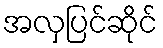
အလှပြင်ဆိုင်